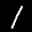
Label: 1